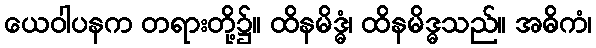
ယေဝါပနက တရားတို့၌။ ထိနမိဒ္ဓံ၊ ထိနမိဒ္ဓသည်။ အဓိကံ၊